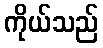
ကိုယ်သည်